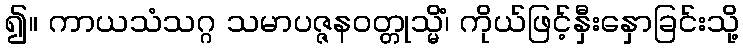
၍။ ကာယသံသဂ္ဂ သမာပဇ္ဇနဝတ္တုသ္မိံ၊ ကိုယ်ဖြင့်နှီးနှောခြင်းသို့